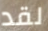
لقد